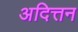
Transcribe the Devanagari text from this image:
अदित्तन